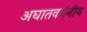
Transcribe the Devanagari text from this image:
अघातवर्धनीय